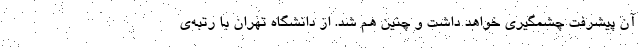
آن پیشرفت چشمگیری خواهد داشت و چنین هم شد. از دانشگاه تهران با رتبه‌ی